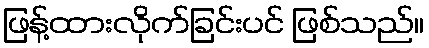
ဖြန့်ထားလိုက်ခြင်းပင် ဖြစ်သည်။